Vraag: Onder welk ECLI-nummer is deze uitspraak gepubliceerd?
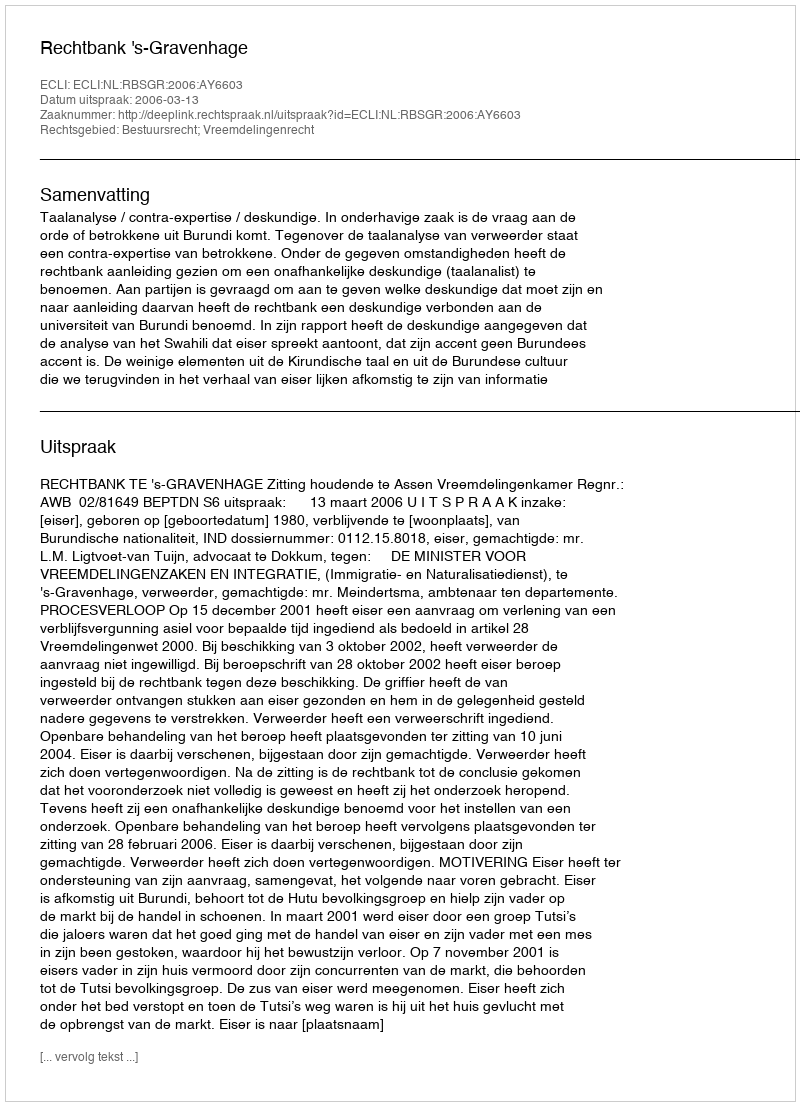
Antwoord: ECLI:NL:RBSGR:2006:AY6603